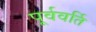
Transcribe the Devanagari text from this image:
पूर्ववर्ति